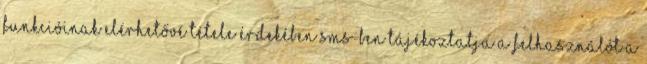
funkcióinak elérhetővé tétele érdekében SMS-ben tájékoztatja a Felhasználót a